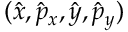
( \hat { x } , \hat { p } _ { x } , \hat { y } , \hat { p } _ { y } )